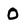
Character: 0